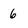
Character: 6